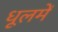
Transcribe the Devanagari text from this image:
धूलमें